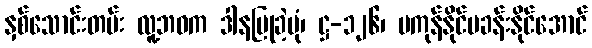
နှစ်သောင်းတမ်း လူ့ဘဝက ဒါနပြုခဲ့ပုံ၊ ဋ္ဌ-၁၂၆၊ မကုန်နိုင်မခန်းနိုင်အောင်